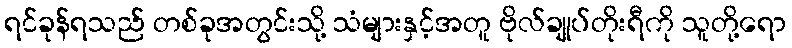
ရင်ခုန်ရသည် တစ်ခုအတွင်းသို့ သံများနှင့်အတူ ဗိုလ်ချုပ်တိုးရီကို သူတို့ရော